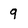
Character: 9